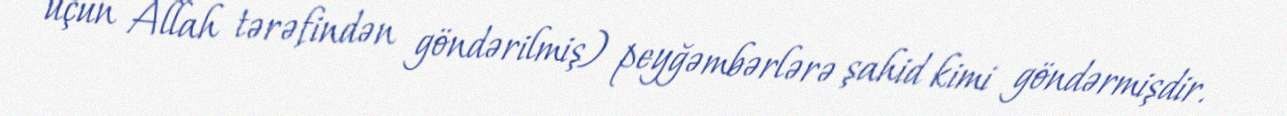
üçün Allah tərəfindən göndərilmiş) peyğəmbərlərə şahid kimi göndərmişdir.